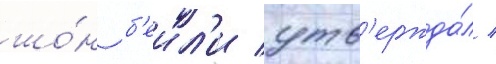
шо́н б'еил'и утв'ержда́л /